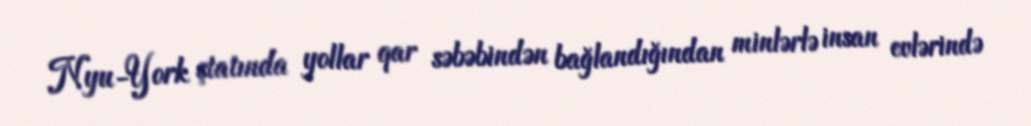
Nyu-York ştatında yollar qar səbəbindən bağlandığından minlərlə insan evlərində